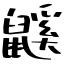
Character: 鼷